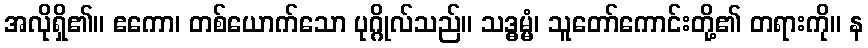
အလိုရှိ၏။ ဧကော၊ တစ်ယောက်သော ပုဂ္ဂိုလ်သည်။ သဒ္ဓမ္မံ၊ သူတော်ကောင်းတို့၏ တရားကို။ န